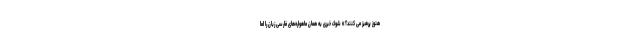
هنوز پرهیز می کنند؟» شوک خبری به همان ماهواره‌های فارسی زبان را اما